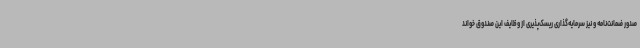
صدور ضمانت‌نامه و نیز سرمایه‌گذاری ریسک‌پذیری از وظایف این صندوق خواند